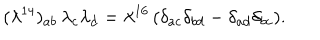
{ ( \lambda ^ { 1 4 } ) _ { a b } \, \lambda _ { c } \lambda _ { d } = \lambda ^ { 1 6 } \, ( \delta _ { a c } \delta _ { b d } - \delta _ { a d } \delta _ { b c } ) . }